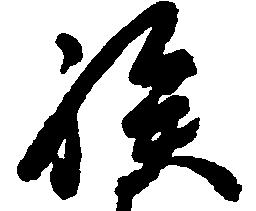
族